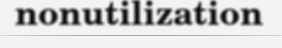
nonutilization